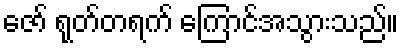
ဇော် ရုတ်တရက် ကြောင်အသွားသည်။